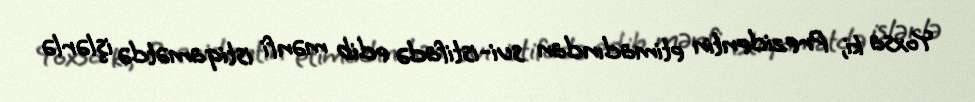
Yoxsa ki, Prezidentin etimadından sui-istifadə edib mənfi istiqamətdə işlərlə